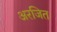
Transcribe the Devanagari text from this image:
अरजित